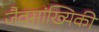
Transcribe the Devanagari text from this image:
जैवसांख्यिकी